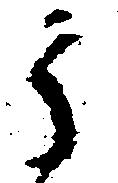
う